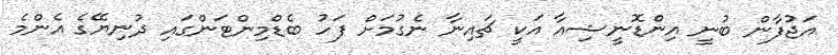
އަޖުފާން ބުނީ އިންޑޮނީޝިއާ އަކީ ޗައިނާ ނެގުމަށް ފަހު ބެޑްމިންޓަންގައި ދުނިޔޭގެ އެންމެ